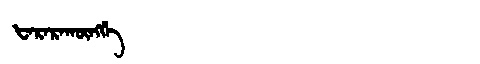
Manchu: ᡶᠠᡵᠠᡵᠠᡴᡡᠩᡤᡝ
Romanization: FARARAKŪNGGE